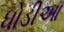
ધોડીઆ